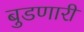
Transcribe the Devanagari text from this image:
बुडणारी